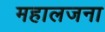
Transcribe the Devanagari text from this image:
महालजना